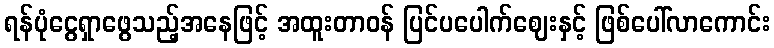
ရန်ပုံငွေရှာဖွေသည့်အနေဖြင့် အထူးတာဝန် ပြင်ပပေါက်ဈေးနှင့် ဖြစ်ပေါ်လာကောင်း